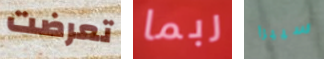
تعرضت ربما سييرا